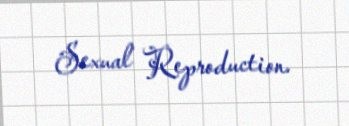
Sexual Reproduction.